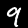
Digit: 9